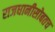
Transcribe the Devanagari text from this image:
राजधानीसोबतच